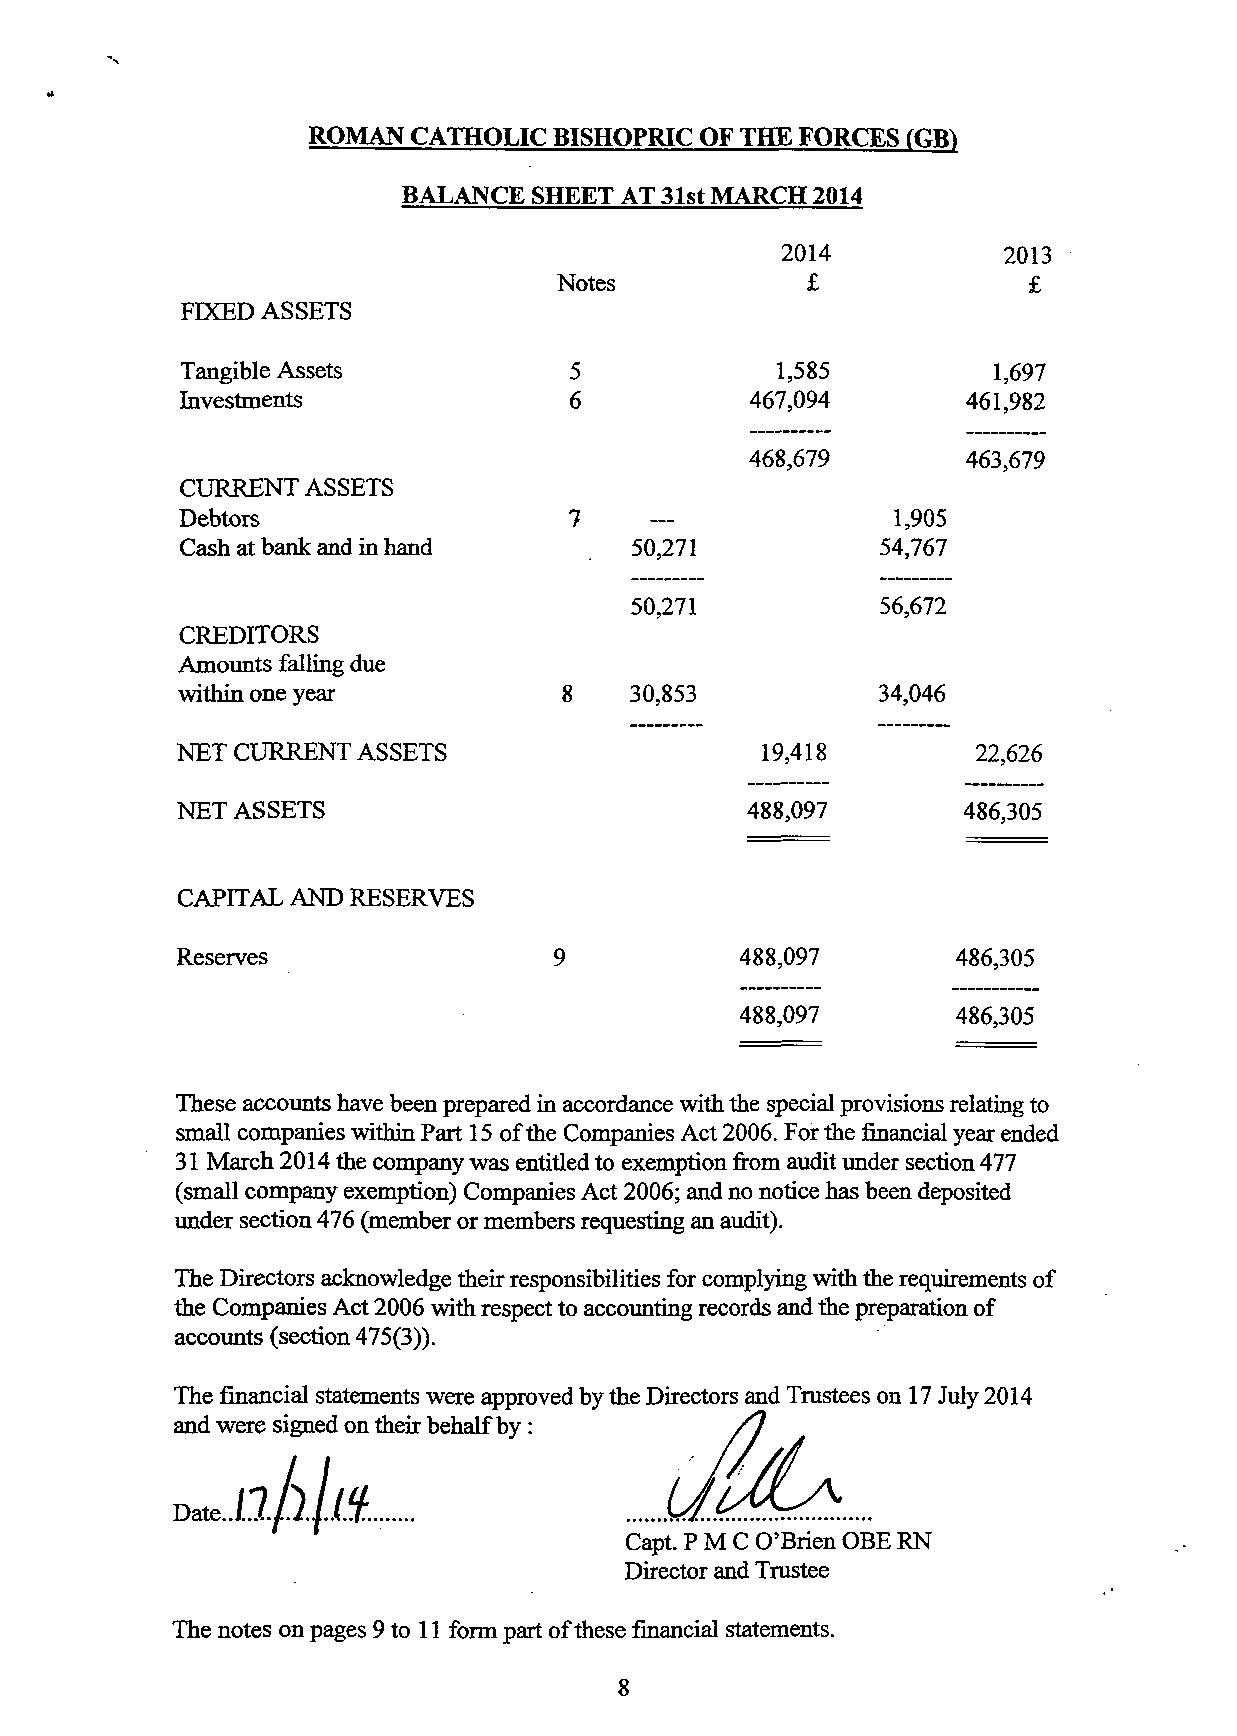
ROMAN  CATHOLIC BISHOPRIC OF THE FORCES (GB)
 BALANCE SHEET AT 31st MARCH 2014
 2014           2013
 Notes           £              £
 FIXED ASSETS
 Tangible Assets           5             1,585         1,697
 Investments               6           467,094       461,982
 468,679       463,679
 CURRENT ASSETS
 Debtors                   7    —               1,905
 Cash at bank and in hand      50,271           54,767
 50,271          56,672
 CREDITORS
 Amounts falling due
 within one year          8    30,853          34,046
 NET CURRENT ASSETS                    19,418         22,626
 NET ASSETS                           488,097        486,305
 CAPITAL AND RESERVES
 Reserves                 9           488,097       486,305
 488,097       486,305
 These accounts have been prepared in accordance with the special provisions relating to
 small companies within Part 15 of the Companies Act 2006. For the financial year ended
 31 March 2014 the company was entitled to exemption from audit under section 477
 (small company exemption) Companies Act 2006; and no notice has been deposited
 under section 476 (member or members requesting an audit).
 The Directors acknowledge their responsibilities for complying with the requirements of
 the Companies Act 2006 with respect to accounting records and the preparation of
 accounts (section 475(3)).
 The financial statements were approved by the Directors and Trustees on 17 July 2014
 and were signed on their behalf by :  /I
 Da,e../.7./).//i.
 Capt. PMC O'Brien OBE RN
 Director and Trustee
 The notes on pages 9 to 11 form part of these financial statements.
 8